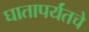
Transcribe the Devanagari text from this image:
घातापर्यंतचे